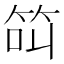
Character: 𱷵